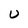
Character: U